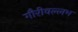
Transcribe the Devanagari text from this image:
गौरीवल्लभ